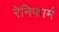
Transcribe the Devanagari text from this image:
रेनिफार्म